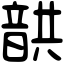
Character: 𩐠